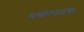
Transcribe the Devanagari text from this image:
मद्योत्पादक